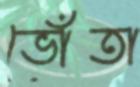
ভোঁতা